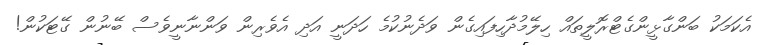
އެކަމަކު ބަންގާޅީންގެޓްރޮލީތައް ހިލޭމުދާހިފައިގެން ވަދެނުކުމެ ހަދަނީ އަދި އެވެރިން ވަންނާނީވެސް ބޭނުން ގޭޓަކުން!